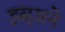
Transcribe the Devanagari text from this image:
इस्अने